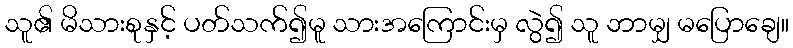
သူ၏ မိသားစုနှင့် ပတ်သက်၍မူ သားအကြောင်းမှ လွဲ၍ သူ ဘာမျှ မပြောချေ။